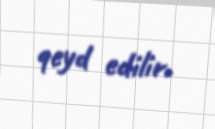
qeyd edilir.